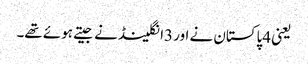
یعنی 4پاکستان نے اور 3انگلینڈ نے جیتے ہوئے تھے۔